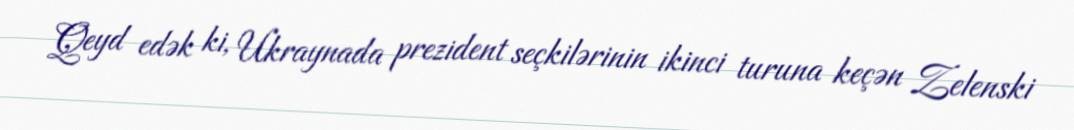
Qeyd edək ki, Ukraynada prezident seçkilərinin ikinci turuna keçən Zelenski